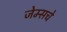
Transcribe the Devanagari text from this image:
जेम्सचे